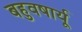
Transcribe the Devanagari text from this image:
बहुवषार्यू